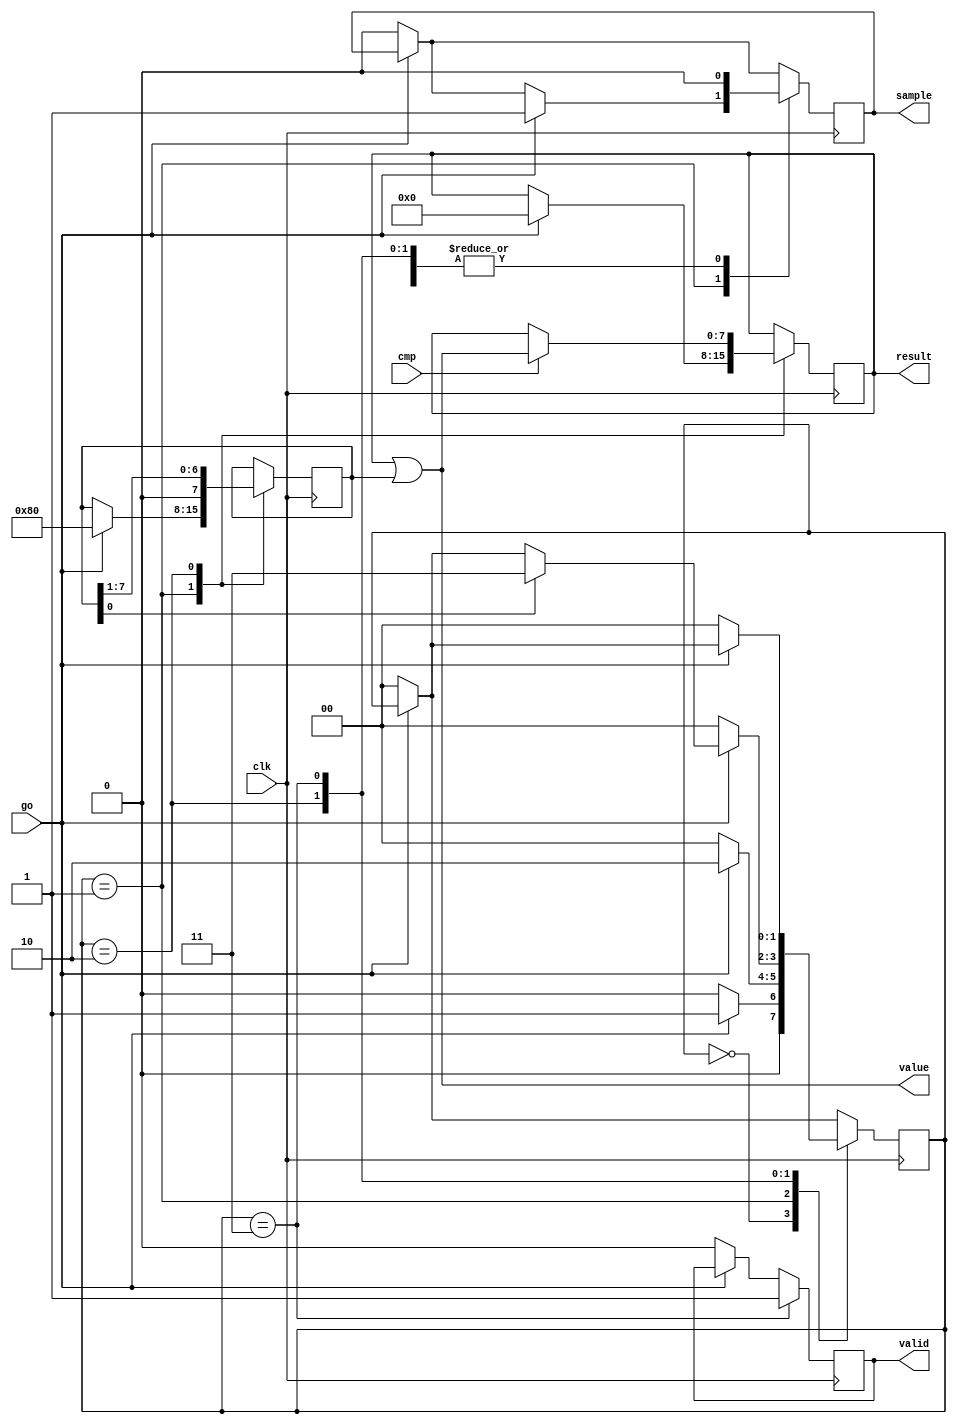
`timescale 1ns/1ns

module SAR_Controller (
    input clk,
    input go,
    input cmp,
    output reg valid,
    output reg sample,
    output reg [7:0] result,
    output [7:0] value
);

parameter sWait = 2'b00;
parameter sSample = 2'b01;
parameter sConv = 2'b10;
parameter sDone = 2'b11;


reg [1:0] currentState; 
reg [7:0] mask; 

always @(posedge clk) begin
    if (!go) begin 
        currentState <= sWait;
        valid = 0;
        sample = 0;
    end
    
    case(currentState) 
        sWait: begin
            if (go) currentState <= sSample;
            else if (!go) currentState <= sWait;
            sample <= 0;
        end 

        sSample: begin
            if (go) begin 
                currentState <= sConv;
                mask <= 8'b10000000;
                result <= 0;
                sample <= 1;
            end
            
            if (!go) currentState <= sWait;
        end

        sConv: begin 
            sample <= 0;
            if (mask[0]) currentState <= sDone;
            if (!go) currentState <= sWait;
            if (cmp) result <= result | mask;
            mask <= mask >> 1;
        end

        sDone: begin
            sample <= 0;
            valid <= 1;
            if (!go) currentState <= sWait;
            
        end
    
    endcase

end

    assign value = result | mask;

endmodule